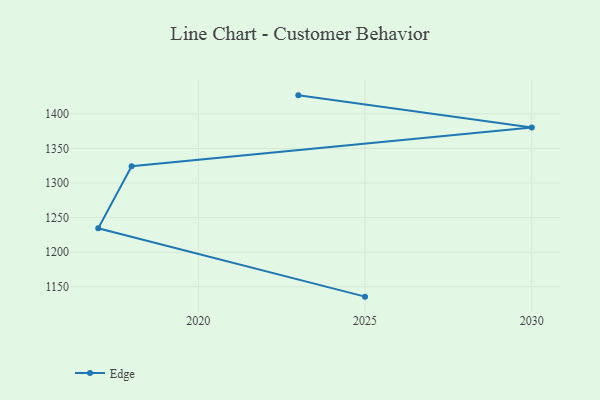
{"axis": {"x": "Year", "y": "Production Output"}, "legend": ["Edge"], "data": [{"x": "2023", "y": 1426.7, "type": "Edge"}, {"x": "2030", "y": 1380.2, "type": "Edge"}, {"x": "2018", "y": 1324.3, "type": "Edge"}, {"x": "2017", "y": 1234.6, "type": "Edge"}, {"x": "2025", "y": 1135.8, "type": "Edge"}]}